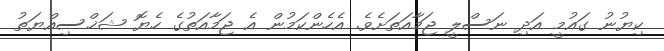
ކިޔުނު ގައުމީ އަދި ނަސްލީ ޖަމާއަތަށެވެ. އެހެންކަމުން އެ ޖަމާއަތުގެ ހެޔޮ ޝަޚްސިއްޔަތު